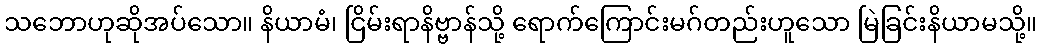
သဘောဟုဆိုအပ်သော။ နိယာမံ၊ ငြိမ်းရာနိဗ္ဗာန်သို့ ရောက်ကြောင်းမဂ်တည်းဟူသော မြဲခြင်းနိယာမသို့။